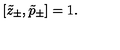
[ \tilde { z } _ { \pm } , \tilde { p } _ { \pm } ] = 1 .